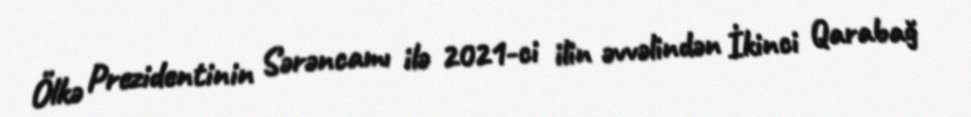
Ölkə Prezidentinin Sərəncamı ilə 2021-ci ilin əvvəlindən İkinci Qarabağ